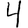
Digit: 4